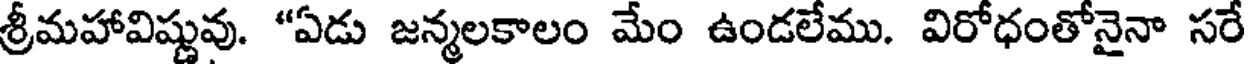
శ్రీమహావిష్ణువు. "ఏడు జన్మలకాలం మేం ఉండలేము. విరోధంతోనైనా సరే